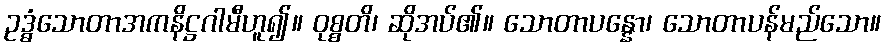
ဥဒ္ဓံသောတာအကနိဋ္ဌဂါမီဟူ၍။ ဝုစ္စတိ၊ ဆိုအပ်၏။ သောတာပန္နော၊ သောတာပန်မည်သော။